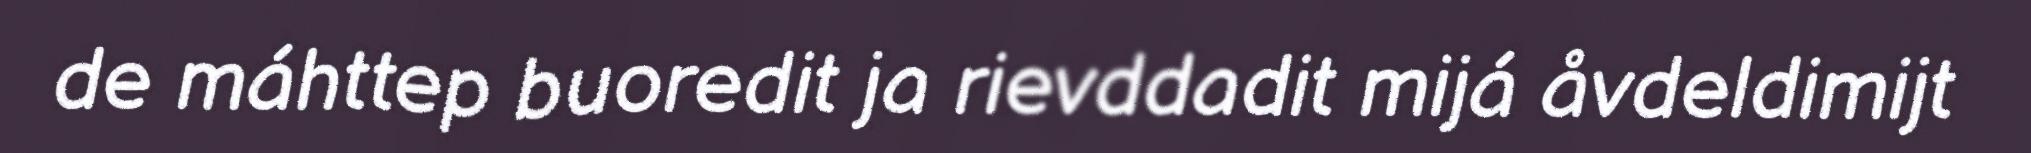
de máhttep buoredit ja rievddadit mijá åvdeldimijt